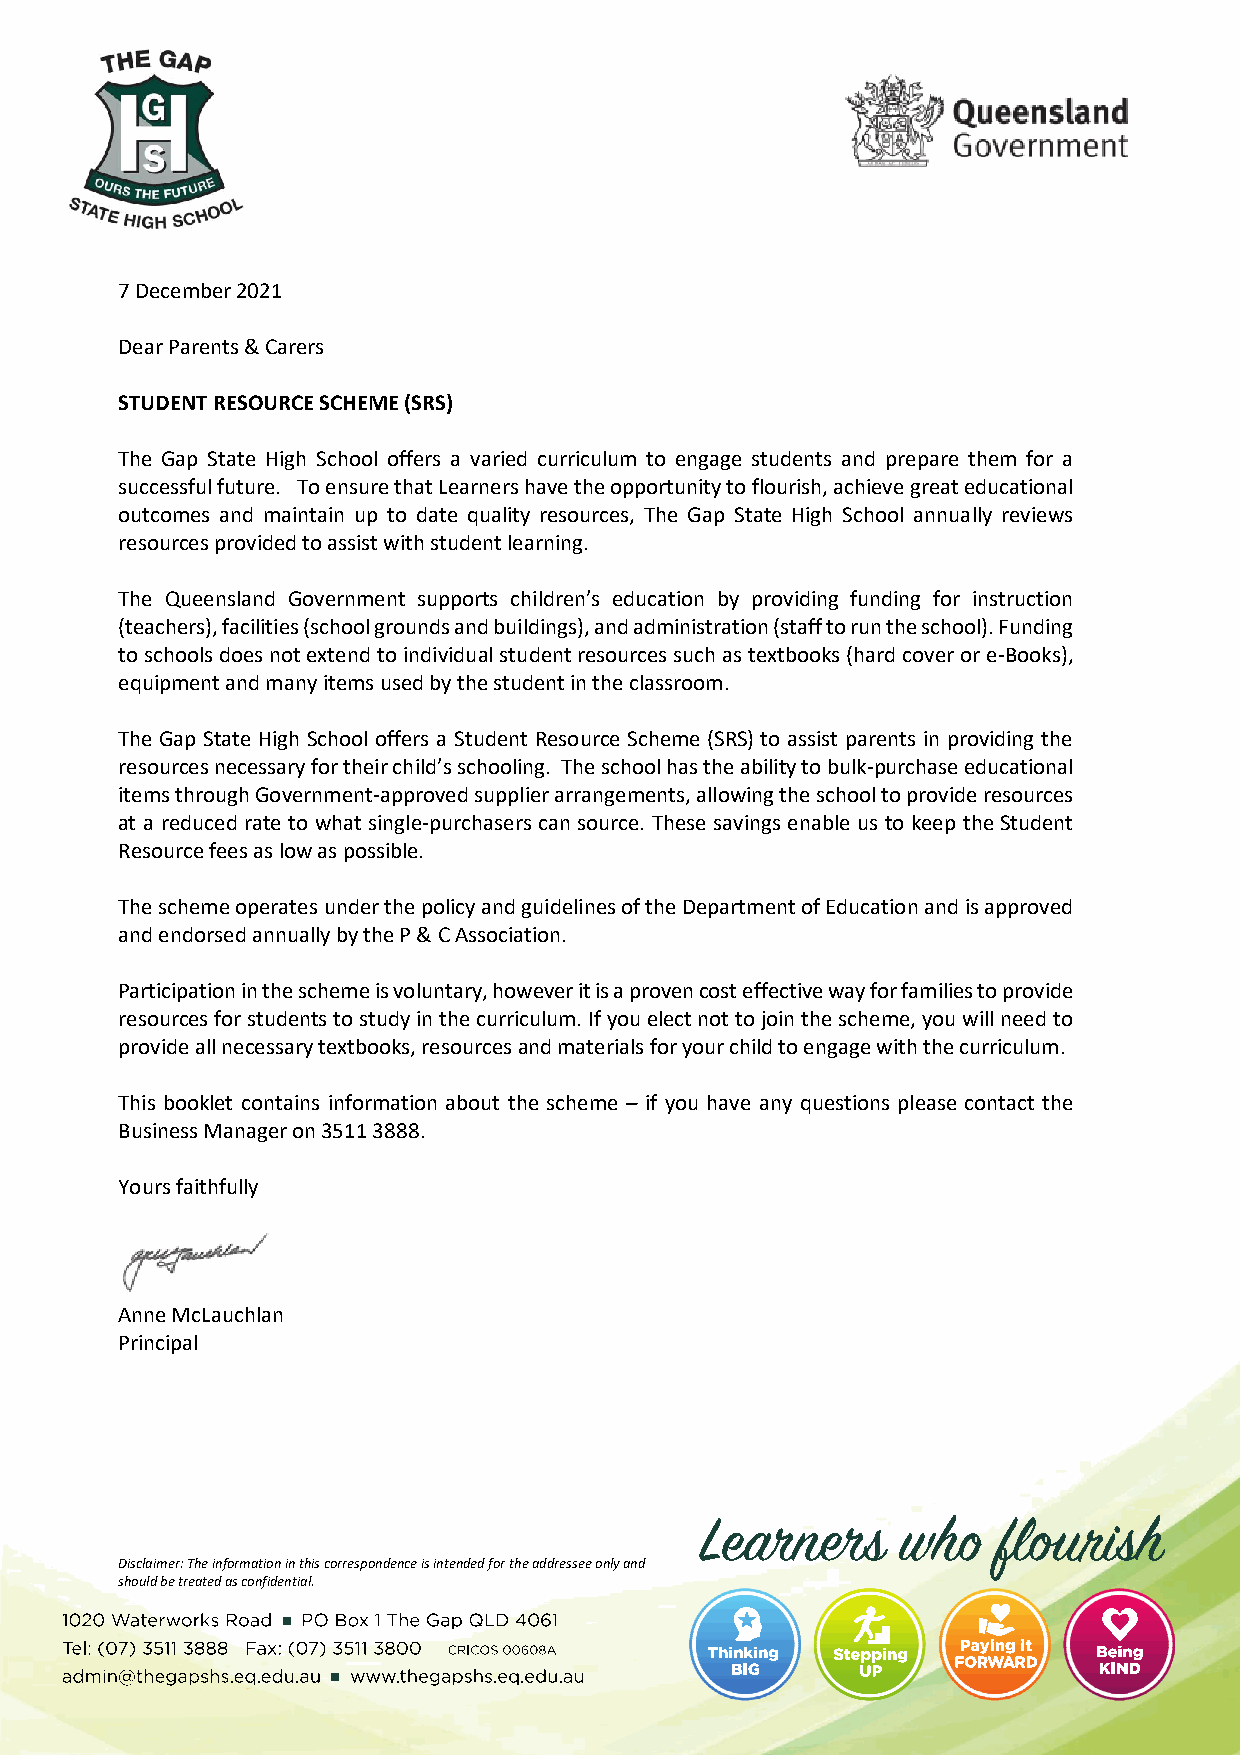
7 December 2021
 Dear Parents & Carers
 STUDENT RESOURCE SCHEME (SRS)
 The Gap State High School offers a varied curriculum to engage students and prepare them for a
 successful future. To ensure that Learners have the opportunity to flourish, achieve great educational
 outcomes and maintain up to date quality resources, The Gap State High School annually reviews
 resources provided to assist with student learning.
 The Queensland Government supports children’s education by providing funding for instruction
 (teachers), facilities (school grounds and buildings), and administration (staff to run the school). Funding
 to schools does not extend to individual student resources such as textbooks (hard cover or e-Books),
 equipment and many items used by the student in the classroom.
 The Gap State High School offers a Student Resource Scheme (SRS) to assist parents in providing the
 resources necessary for their child’s schooling. The school has the ability to bulk-purchase educational
 items through Government-approved supplier arrangements, allowing the school to provide resources
 at a reduced rate to what single-purchasers can source. These savings enable us to keep the Student
 Resource fees as low as possible.
 The scheme operates under the policy and guidelines of the Department of Education and is approved
 and endorsed annually by the P & C Association.
 Participation in the scheme is voluntary, however it is a proven cost effective way for families to provide
 resources for students to study in the curriculum. If you elect not to join the scheme, you will need to
 provide all necessary textbooks, resources and materials for your child to engage with the curriculum.
 This booklet contains information about the scheme – if you have any questions please contact the
 Business Manager on 3511 3888.
 Yours faithfully
 Anne McLauchlan
 Principal
 Disclaimer: The information in this correspondence is intended for the addressee only and
 should be treated as confidential.